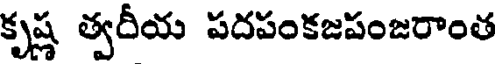
కృష్ణ త్వరీయ పదపంకజపంజరాంత